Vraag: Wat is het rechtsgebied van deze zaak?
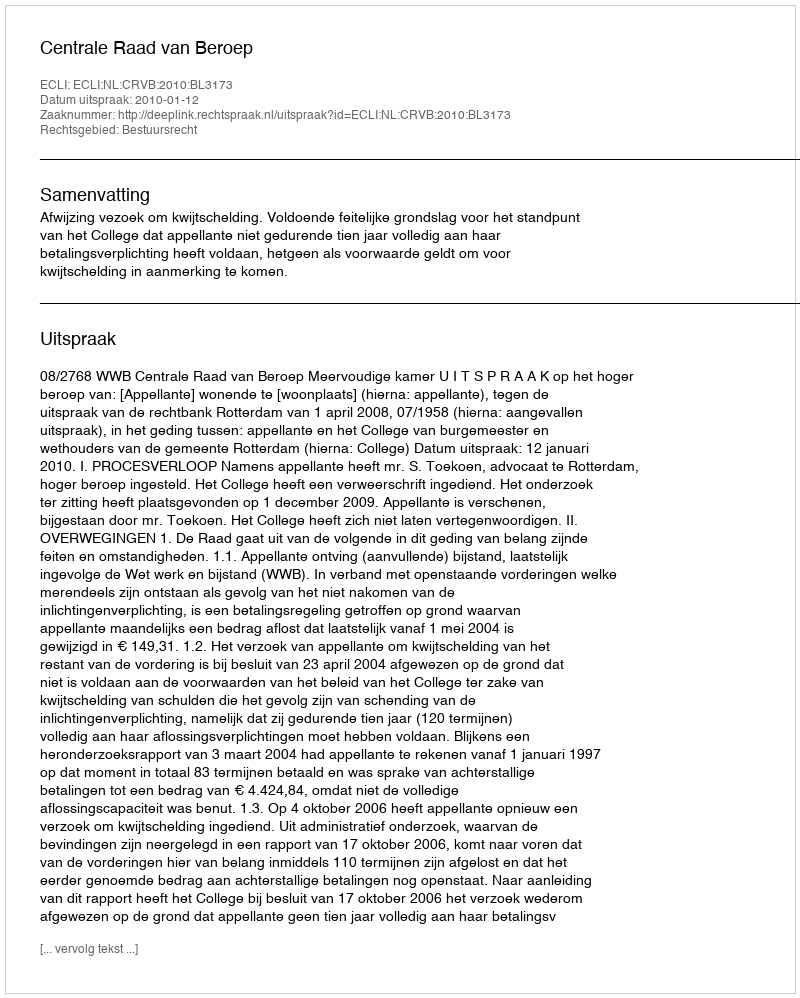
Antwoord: Bestuursrecht